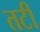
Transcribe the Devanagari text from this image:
तटीं